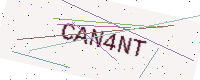
Text: CAN4NT